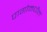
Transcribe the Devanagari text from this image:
पागोमधील